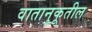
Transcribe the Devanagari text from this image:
वातानुकूतील